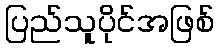
ပြည်သူပိုင်အဖြစ်